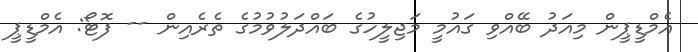
އެމްޑީޕީން މިއަދު ބޭއްވި ގައުމީ މަޖިލީހުގެ ބައްދަލުވުމުގެ ތެރެއިން -- ފޮޓޯ: އެމްޑީޕީ